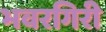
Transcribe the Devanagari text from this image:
भवरगिरी